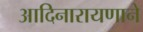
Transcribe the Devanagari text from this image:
आदिनारायणाने